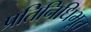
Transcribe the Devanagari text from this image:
प्रतिनिधिभूत